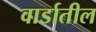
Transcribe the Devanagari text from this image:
वार्डातील